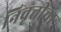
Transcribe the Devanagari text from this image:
निवृत्तीचा